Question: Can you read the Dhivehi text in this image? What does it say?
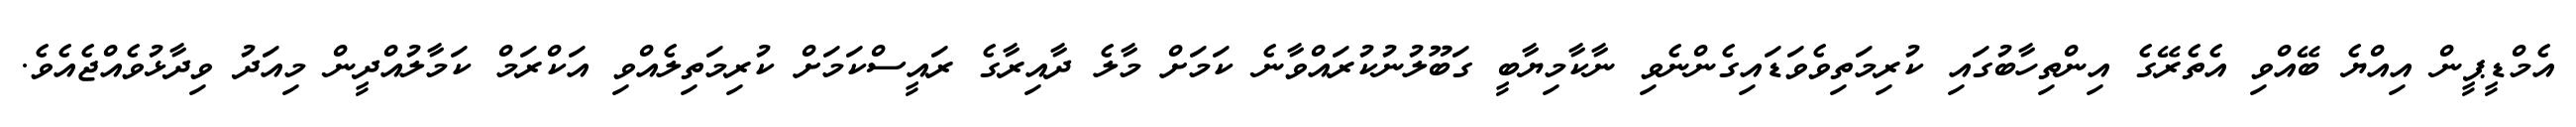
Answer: އެމްޑީޕީން އިއްޔެ ބޭއްވި އެތެރޭގެ އިންތިހާބުގައި ކުރިމަތިވެވަޑައިގެންނެވި ނާކާމިޔާބީ ގަބޫލުނުކުރައްވާނެ ކަމަށް މާލެ ދާއިރާގެ ރައީސްކަމަށް ކުރިމަތިލެއްވި އަކްރަމް ކަމާލުއްދީން މިއަދު ވިދާޅުވެއްޖެއެވެ.